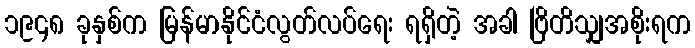
၁၉၄၈ ခုနှစ်က မြန်မာနိုင်ငံလွတ်လပ်ရေး ရရှိတဲ့ အခါ ဗြိတိသျှအစိုးရက